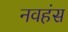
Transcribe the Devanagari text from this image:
नवहंस